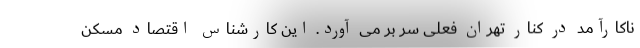
ناکارآمد در کنار تهران فعلی سر بر می آورد. این کارشناس اقتصاد مسکن